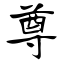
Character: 尊